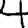
Digit: 4